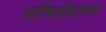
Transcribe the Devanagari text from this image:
परीचर्चेदरम्यान